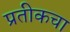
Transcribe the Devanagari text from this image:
प्रतीकचा